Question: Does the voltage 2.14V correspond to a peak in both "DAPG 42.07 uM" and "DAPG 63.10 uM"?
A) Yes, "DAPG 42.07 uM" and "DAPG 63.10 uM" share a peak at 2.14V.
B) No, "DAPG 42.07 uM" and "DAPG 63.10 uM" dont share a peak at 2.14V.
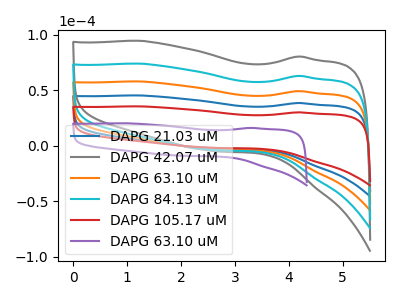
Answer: <think>The blue curve "DAPG 21.03 uM" has no peaks. The gray curve "DAPG 42.07 uM" has no peaks. The orange curve "DAPG 63.10 uM" has no peaks. The cyan curve "DAPG 84.13 uM" has no peaks. The red curve "DAPG 105.17 uM" has no peaks. The purple curve "DAPG 63.10 uM" has no peaks.</think>
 <answer>B) No, "DAPG 42.07 uM" and "DAPG 63.10 uM" dont share a peak at 2.14V.</answer>
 <eval>B</eval>